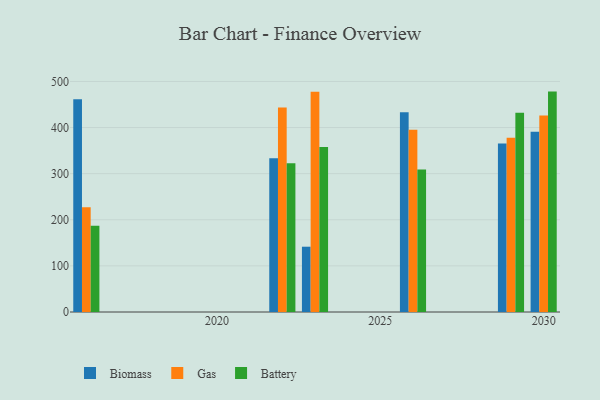
{"axis": {"x": "Year", "y": "Website Visitors"}, "legend": ["Battery", "Biomass", "Gas"], "data": [{"x": "2026", "y": 433.3, "type": "Biomass"}, {"x": "2026", "y": 395.4, "type": "Gas"}, {"x": "2026", "y": 308.8, "type": "Battery"}, {"x": "2023", "y": 141.6, "type": "Biomass"}, {"x": "2023", "y": 477.7, "type": "Gas"}, {"x": "2023", "y": 357.7, "type": "Battery"}, {"x": "2022", "y": 333.2, "type": "Biomass"}, {"x": "2022", "y": 443.3, "type": "Gas"}, {"x": "2022", "y": 322.8, "type": "Battery"}, {"x": "2029", "y": 365.2, "type": "Biomass"}, {"x": "2029", "y": 378.0, "type": "Gas"}, {"x": "2029", "y": 432.3, "type": "Battery"}, {"x": "2030", "y": 390.8, "type": "Biomass"}, {"x": "2030", "y": 426.2, "type": "Gas"}, {"x": "2030", "y": 478.0, "type": "Battery"}, {"x": "2016", "y": 461.6, "type": "Biomass"}, {"x": "2016", "y": 227.1, "type": "Gas"}, {"x": "2016", "y": 187.3, "type": "Battery"}]}